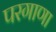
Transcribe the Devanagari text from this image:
परगाणा